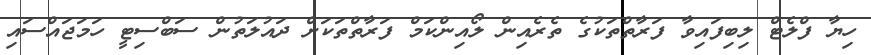
ހިޔާ ފްލެޓް ލިބިފައިވާ ފަރާތްތަކުގެ ތެރެއިން ލޯއިންކަމް ފަރާތްތަކަށް ދައުލަތުން ސަބްސިޓީ ހަމަޖައްސައި